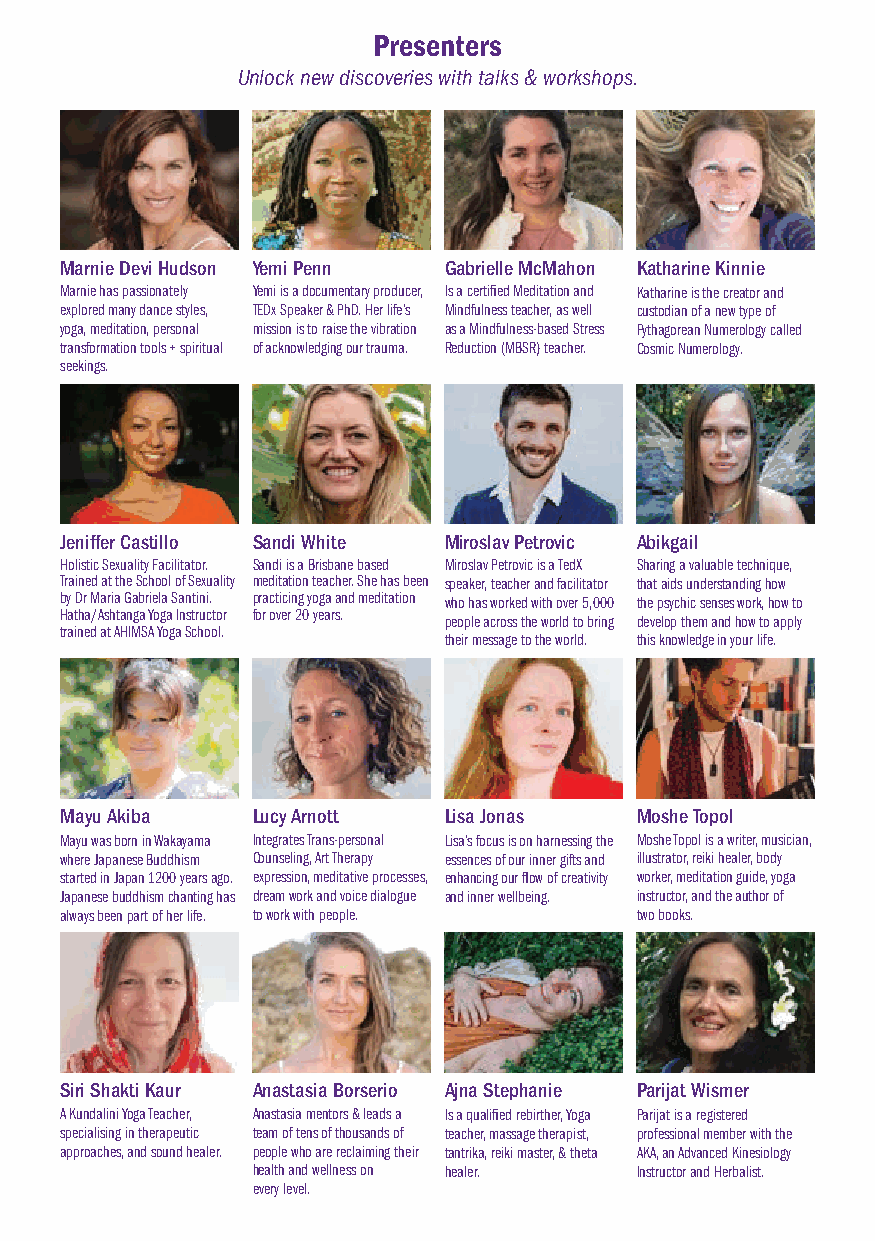
Presenters
 Unlock new discoveries with talks & workshops.
 Marnie Devi Hudson Yemi Penn Gabrielle McMahon Katharine Kinnie
 Marnie has passionately Yemi is a documentary producer, Is a certified Meditation and Katharine is the creator and
 explored many dance styles, TEDx Speaker & PhD. Her life’s Mindfulness teacher, as well custodian of a new type of
 yoga, meditation, personal mission is to raise the vibration as a Mindfulness-based Stress Pythagorean Numerology called
 transformation tools + spiritual of acknowledging our trauma. Reduction (MBSR) teacher. Cosmic Numerology.
 seekings.
 Jeniffer Castillo Sandi White Miroslav Petrovic Abikgail
 Holistic Sexuality Facilitator. Sandi is a Brisbane based Miroslav Petrovic is a TedX Sharing a valuable technique,
 Trained at the School of Sexuality meditation teacher. She has been speaker, teacher and facilitator that aids understanding how
 by Dr Maria Gabriela Santini. practicing yoga and meditation who has worked with over 5,000 the psychic senses work, how to
 Hatha/Ashtanga Yoga Instructor for over 20 years.
 people across the world to bring develop them and how to apply
 trained at AHIMSA Yoga School.
 their message to the world. this knowledge in your life.
 Mayu Akiba   Lucy Arnott Lisa Jonas   Moshe Topol
 Mayu was born in Wakayama Integrates Trans-personal Lisa’s focus is on harnessing the Moshe Topol is a writer, musician,
 where Japanese Buddhism Counseling, Art Therapy essences of our inner gifts and illustrator, reiki healer, body
 started in Japan 1200 years ago. expression, meditative processes, enhancing our flow of creativity worker, meditation guide, yoga
 Japanese buddhism chanting has dream work and voice dialogue and inner wellbeing. instructor, and the author of
 always been part of her life. to work with people. two books.
 Siri Shakti Kaur Anastasia Borserio Ajna Stephanie Parijat Wismer
 A Kundalini Yoga Teacher, Anastasia mentors & leads a Is a qualified rebirther, Yoga Parijat is a registered
 specialising in therapeutic team of tens of thousands of teacher, massage therapist, professional member with the
 approaches, and sound healer. people who are reclaiming their tantrika, reiki master, & theta AKA, an Advanced Kinesiology
 health and wellness on healer. Instructor and Herbalist.
 every level.